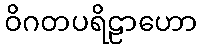
ဝိဂတပရိဠာဟော